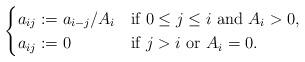
LaTeX: \begin{align*}\begin{cases}a_{ij}:= a_{i-j}/A_i & \mbox{if $0\le j\le i$ and $A_i>0$,} \\a_{ij}:= 0 & \mbox{if $j>i$ or $A_i=0$}.\end{cases}\end{align*}